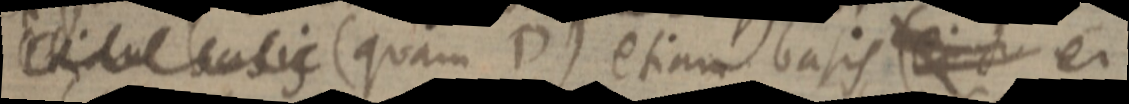
_ (quam D) etiam basis _ ei